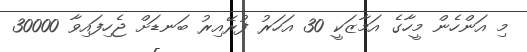
މި އަންހެން މީހާގެ އަމާޒަކީ 30 އަހަރު ފުރޭއިރު ބަނޑަށް ޖެހިފައިވާ 30000